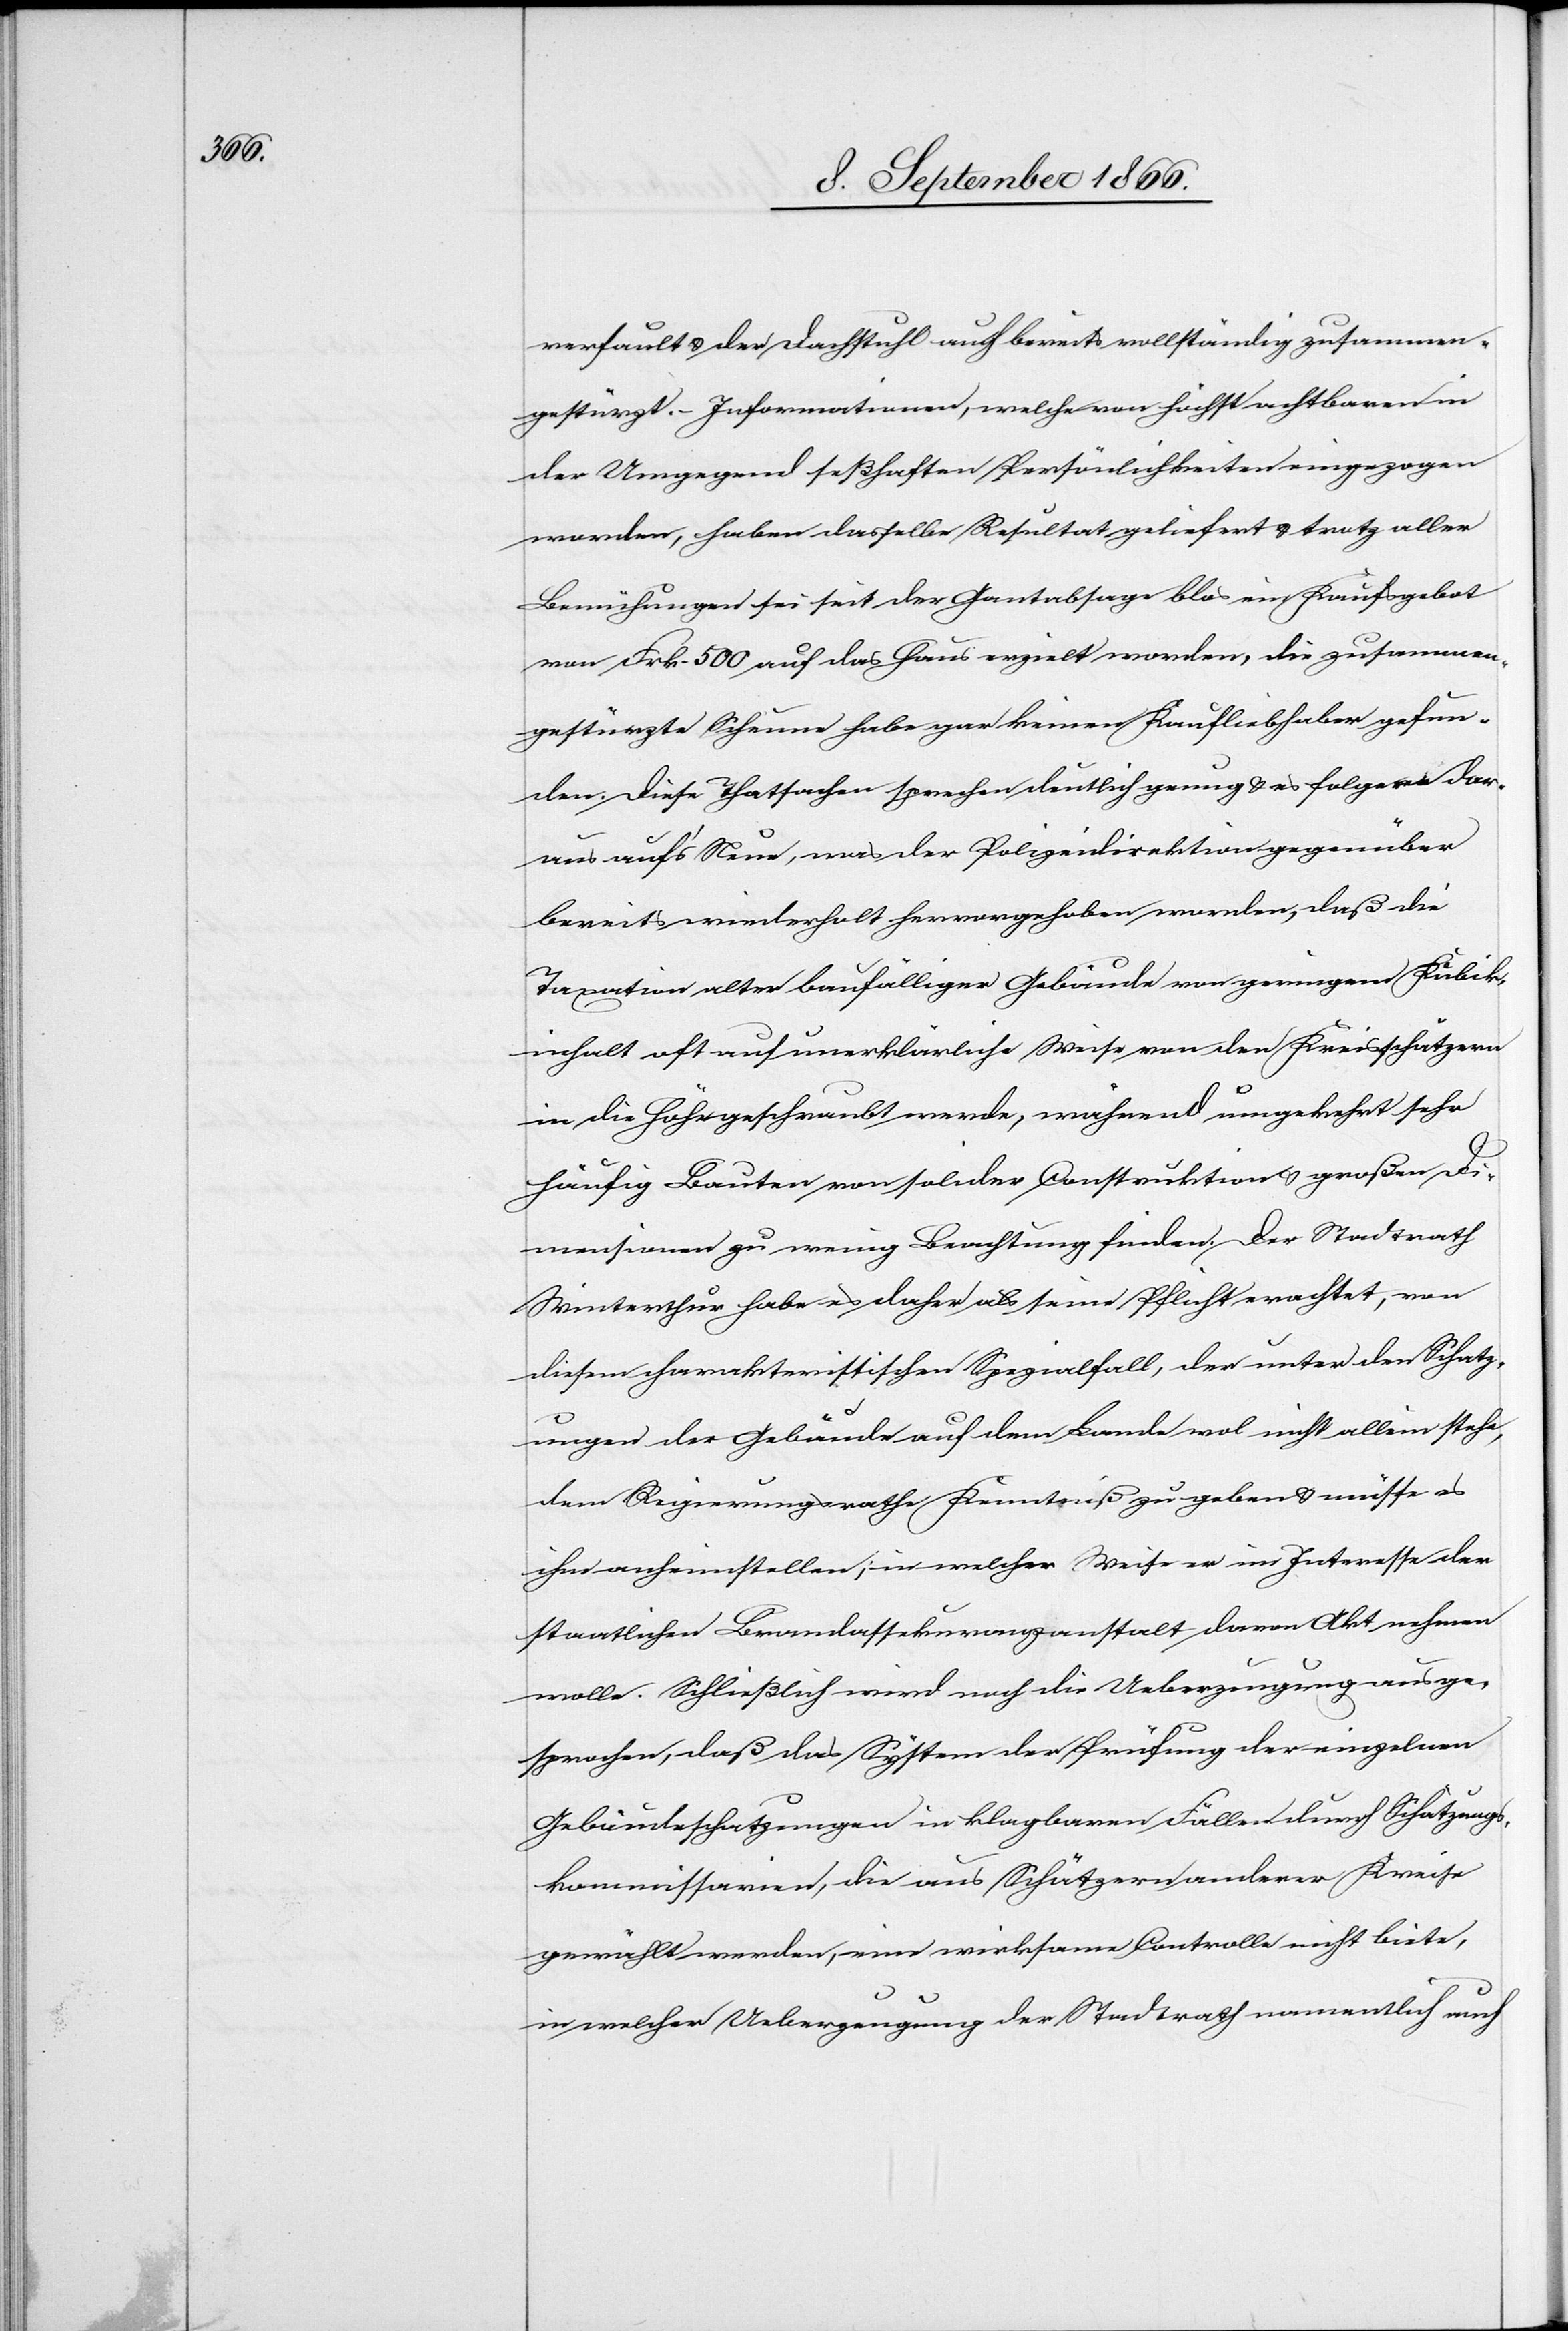
verfault u. der Dachstuhl auch bereits vollständig zusammen¬
gestürzt. Informationen, welche von höchst achtbaren in
der Umgegend seßhaften Persönlichkeiten eingezogen
worden, haben dasselbe Resultat geliefert u. trotz aller
Bemühungen sei seit der Gantabsage blos ein Kaufsgebot
von Frk. 500 auf das Haus erzielt worden, die zusammen¬
gestürzte Scheune habe gar keinen Kaufliebhaber gefun¬
den. Diese Thatsachen sprechen deutlich genug u. es folge dar¬
aus auf’s Neue, was der Polizeidirektion gegenüber
bereits wiederholt hervorgehoben worden, daß die
Taxation alter baufälliger Gebäude von geringem Kubik¬
inhalt oft auf unerklärliche Weise von den Kreisschätzern
in die Höhe geschraubt werde, während umgekehrt sehr
häufig Bauten von solider Construktion u. großen Di¬
mensionen zu wenig Beachtung finden. Der Stadtrath
Winterthur habe es daher als seine Pflicht erachtet, von
diesen charakteristischen Spezialfall, der unter den Schatz¬
ungen der Gebäude auf dem Lande wol nicht allein stehe,
dem Regierungsrathe Kenntniß zu geben u. müsse es
ihm anheimstellen, in welcher Weise er im Interesse der
staatlichen Landassekuranzanstalt davon Akt nehmen
wolle. Schließlich wird noch die Ueberzeugung ausge¬
sprochen, daß das System der Prüfung der einzelnen
Gebäudeschatzungen in klagbaren Fällen durch Schätzungs¬
kommissionen, die aus Schätzern anderer Kreise
gewählt werden, eine wirksame Controlle nicht biete,
in welcher Ueberzeugung der Stadtrath namentlich auch